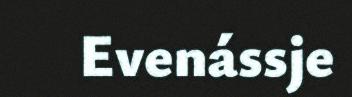
Evenássje